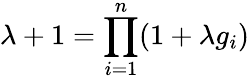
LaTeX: \lambda+1=\prod_{i=1}^{n}(1+\lambda g_{i})